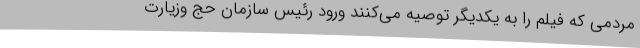
مردمی که فیلم را به یکدیگر توصیه می‌کنند ورود رئیس سازمان حج وزیارت